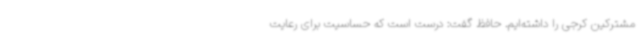
مشترکین کرجی را داشته‌ایم. حافظ گفت: درست است که حساسیت برای رعایت